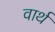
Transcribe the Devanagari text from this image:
वार्थ